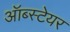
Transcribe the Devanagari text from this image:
ऑब्स्टेयर